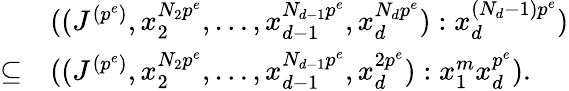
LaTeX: \begin{array}{ll}&{((J^{(p^{e})},x_{2}^{N_{2}p^{e}},\ldots,x_{d-1}^{N_{d-1}p^{e}},x_{d}^{N_{d}p^{e}}):x_{d}^{(N_{d}-1)p^{e}})}\\ {\subseteq}&{((J^{(p^{e})},x_{2}^{N_{2}p^{e}},\ldots,x_{d-1}^{N_{d-1}p^{e}},x_{d}^{2p^{e}}):x_{1}^{m}x_{d}^{p^{e}}).}\end{array}